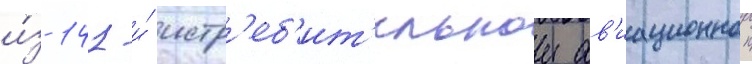
и́з 141-и́ истр'еб'ит'ельнои ав'иационнои